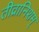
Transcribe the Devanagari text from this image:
तीव्रानिशम्‌